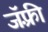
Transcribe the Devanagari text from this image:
जॅफ़्री